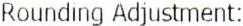
ROUNDING ADJUSTMENT: